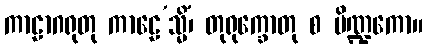
ကာဠာဂရုတု ကာဠေ’သ္မိံ၊ တုရုက္ခောတု စ ပိဏ္ဍကော။